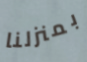
بمنزلنا